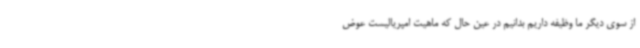
از سوی دیگر ما وظیفه داریم بدانیم در عین حال که ماهیت امپریالیست عوض